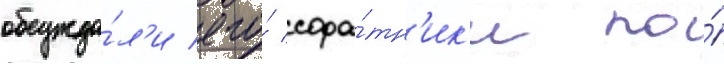
обсужда́л'и его́ сора́тн'ик'и по́